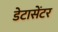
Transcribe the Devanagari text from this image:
डेटासेंटर